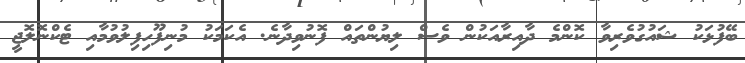
ބޭފުޅަކު ޝައުގުވެރިވާ ކޮންމެ ދާއިރާއަކުން ވެސް ލިޔުންތައް ފޮނުވިދާނެ. އެކަމަކު މުނިފޫހިފިލުވުމާއި ޓެކްނޮލޮޖީ